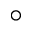
^ { \circ }